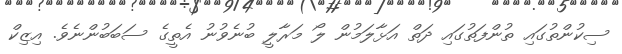
ސިކުންތުގައި ތުންފަތުގައި ދަތް އަޅާލަމުން ލޯ މަރާލީ ބުނެވުނު އެތީގެ ސަބަބުންނެވެ. އިޒިކް